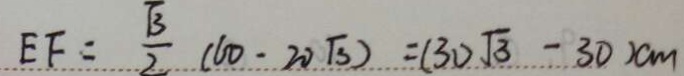
E F = \frac { \sqrt { 3 } } { 2 } ( 6 0 - 2 0 \sqrt { 3 } ) = ( 3 0 \sqrt { 3 } - 3 0 ) c m